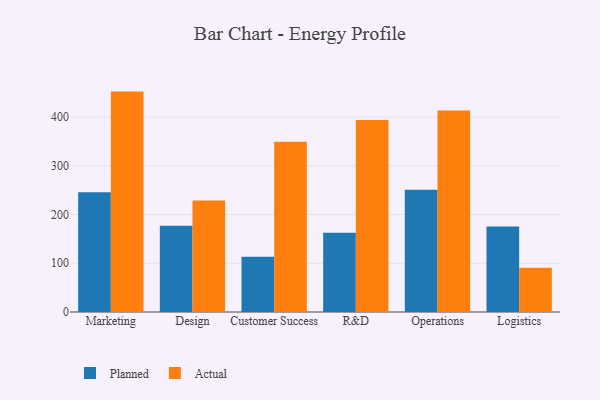
{"axis": {"x": "Department", "y": "Budget (USD K)"}, "legend": ["Actual", "Planned"], "data": [{"x": "Marketing", "y": 246.0, "type": "Planned"}, {"x": "Marketing", "y": 452.3, "type": "Actual"}, {"x": "Design", "y": 177.1, "type": "Planned"}, {"x": "Design", "y": 229.0, "type": "Actual"}, {"x": "Customer Success", "y": 113.2, "type": "Planned"}, {"x": "Customer Success", "y": 349.6, "type": "Actual"}, {"x": "R&D", "y": 162.4, "type": "Planned"}, {"x": "R&D", "y": 394.2, "type": "Actual"}, {"x": "Operations", "y": 251.0, "type": "Planned"}, {"x": "Operations", "y": 413.3, "type": "Actual"}, {"x": "Logistics", "y": 175.5, "type": "Planned"}, {"x": "Logistics", "y": 90.7, "type": "Actual"}]}